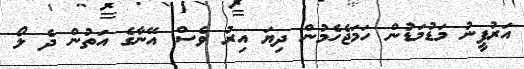
އަރުފީނު މަޑުމަޑުން ހަމަޖެހެމުން ދިޔަ އިރު ވެސް އޭނާގެ އަތުން ދެ ލޯ